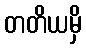
တတိယမှိ